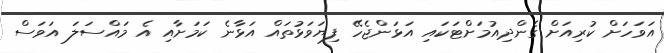
އަވަހަށް ކުރިއަށް ގެންދިއުމަށްޓަކައި އަޅަންޖެހޭ ފިޔަވަޅުތައް އަޅާނެ ކަމަށާއި އެ މައްސަލަ އަވަސް